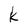
Character: k